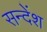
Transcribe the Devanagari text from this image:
सन्देंश